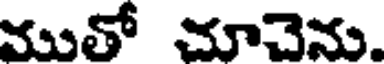
ముతో చూచెను.